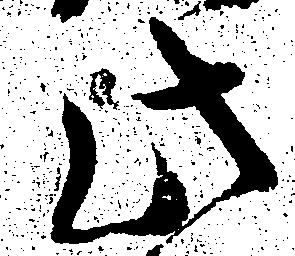
此